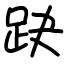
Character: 趹